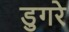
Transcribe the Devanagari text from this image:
डुगरे